Reports on dispensaries and lunatic asylums in the Province of Oudh - 1869-1876
Year: 1869
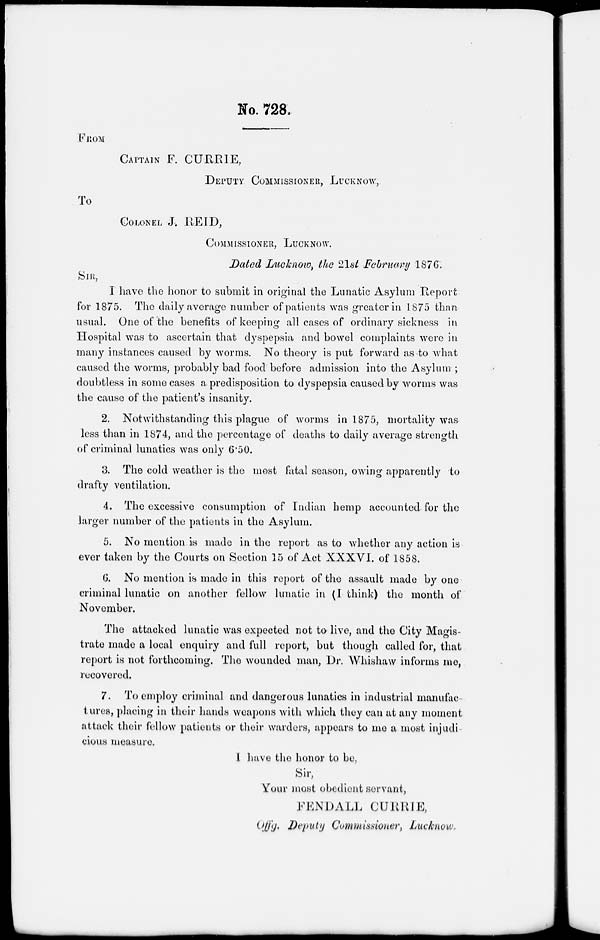
NO. 728
FROM
CAPTAIN F. CURRIE,
DEPUTY COMMISSIONER, LUCKNOW,
TO
COLONEL J. REID,
COMMISSIONER, LUCKNOW.
Dated Lucknow, the 21st February 1876.
SIR,
I have the honor to submit in original the Lunatic Asylum Report
for 1875. The daily average number of patients was greater in 1875 than
usual. One of the benefits of keeping all cases of ordinary sickness in
Hospital was to ascertain that dyspepsia and bowel complaints were in
many instances caused by worms. No theory is put forward as to what
caused the worms, probably bad food before admission into the Asylum ;
doubtless in some cases a predisposition to dyspepsia caused by worms was
the cause of the patient's insanity.
2. Notwithstanding this plague of worms in 1875, mortality was
less than in 1874, and the percentage of deaths to daily average strength
of criminal lunatics was only 6.50.
3. The cold weather is the most fatal season, owing apparently to
drafty ventilation.
4. The excessive consumption of Indian hemp accounted for the
larger number of the patients in the Asylum.
5. No mention is made in the report as to whether any action is
ever taken by the Courts on Section 15 of Act XXXVI. of 1858.
6. No mention is made in this report of the assault made by one
criminal lunatic on another fellow lunatic in (I think) the month of
November.
The attacked lunatic was expected not to live, and the City Magis-
trate made a local enquiry and full report, but though called for, that
report is not forthcoming. The wounded man, Dr. Whishaw informs me,
recovered.
7. To employ criminal and dangerous lunatics in industrial manufac-
tures, placing in their hands weapons with which they can at any moment
attack their fellow patients or their warders, appears to me a most injudi-
cious measure.
I have the honor to be,
Sir,
Your most obedient servant,
FENDALL CURRIE,
Offg. Deputy Commissioner, Lucknow